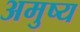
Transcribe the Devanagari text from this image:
अमुष्य